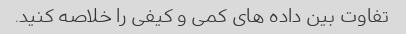
تفاوت بین داده های کمی و کیفی را خلاصه کنید.